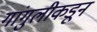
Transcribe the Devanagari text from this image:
गांगुलीकडून